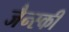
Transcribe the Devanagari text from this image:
जैन्स्की